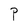
Character: P